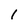
Character: 1